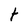
Character: t